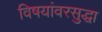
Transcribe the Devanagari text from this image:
विषयांवरसुद्धा